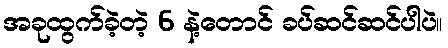
အခုထွက်ခဲ့တဲ့ 6 နဲ့တောင် ခပ်ဆင်ဆင်ပါပဲ။